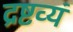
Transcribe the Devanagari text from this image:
द्रष्टव्यं